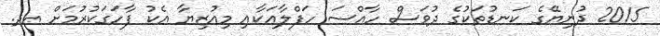
2015 ދުނިޔޭގެ ކަނޑުތަކުގެ ދުވަސް ހާއްސަ ހަފްލާއަކާއި މިއުޒިޔާ އެކު ފާހަގަކުރުމަށް އދ.